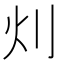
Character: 灲